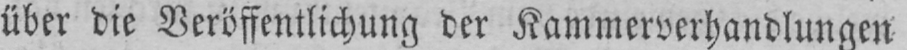
über die Veröffentlichung der Kammerverhandlungen